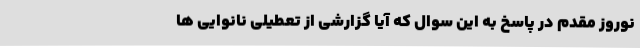
نوروز مقدم در پاسخ به این سوال که آیا گزارشی از تعطیلی نانوایی ها